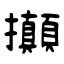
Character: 攧